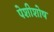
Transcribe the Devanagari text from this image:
पेशीशोष